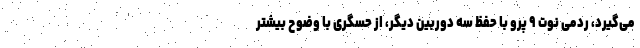
می‌گیرد، ردمی نوت ۹ پرو با حفظ سه دوربین دیگر، از حسگری با وضوح بیشترِ